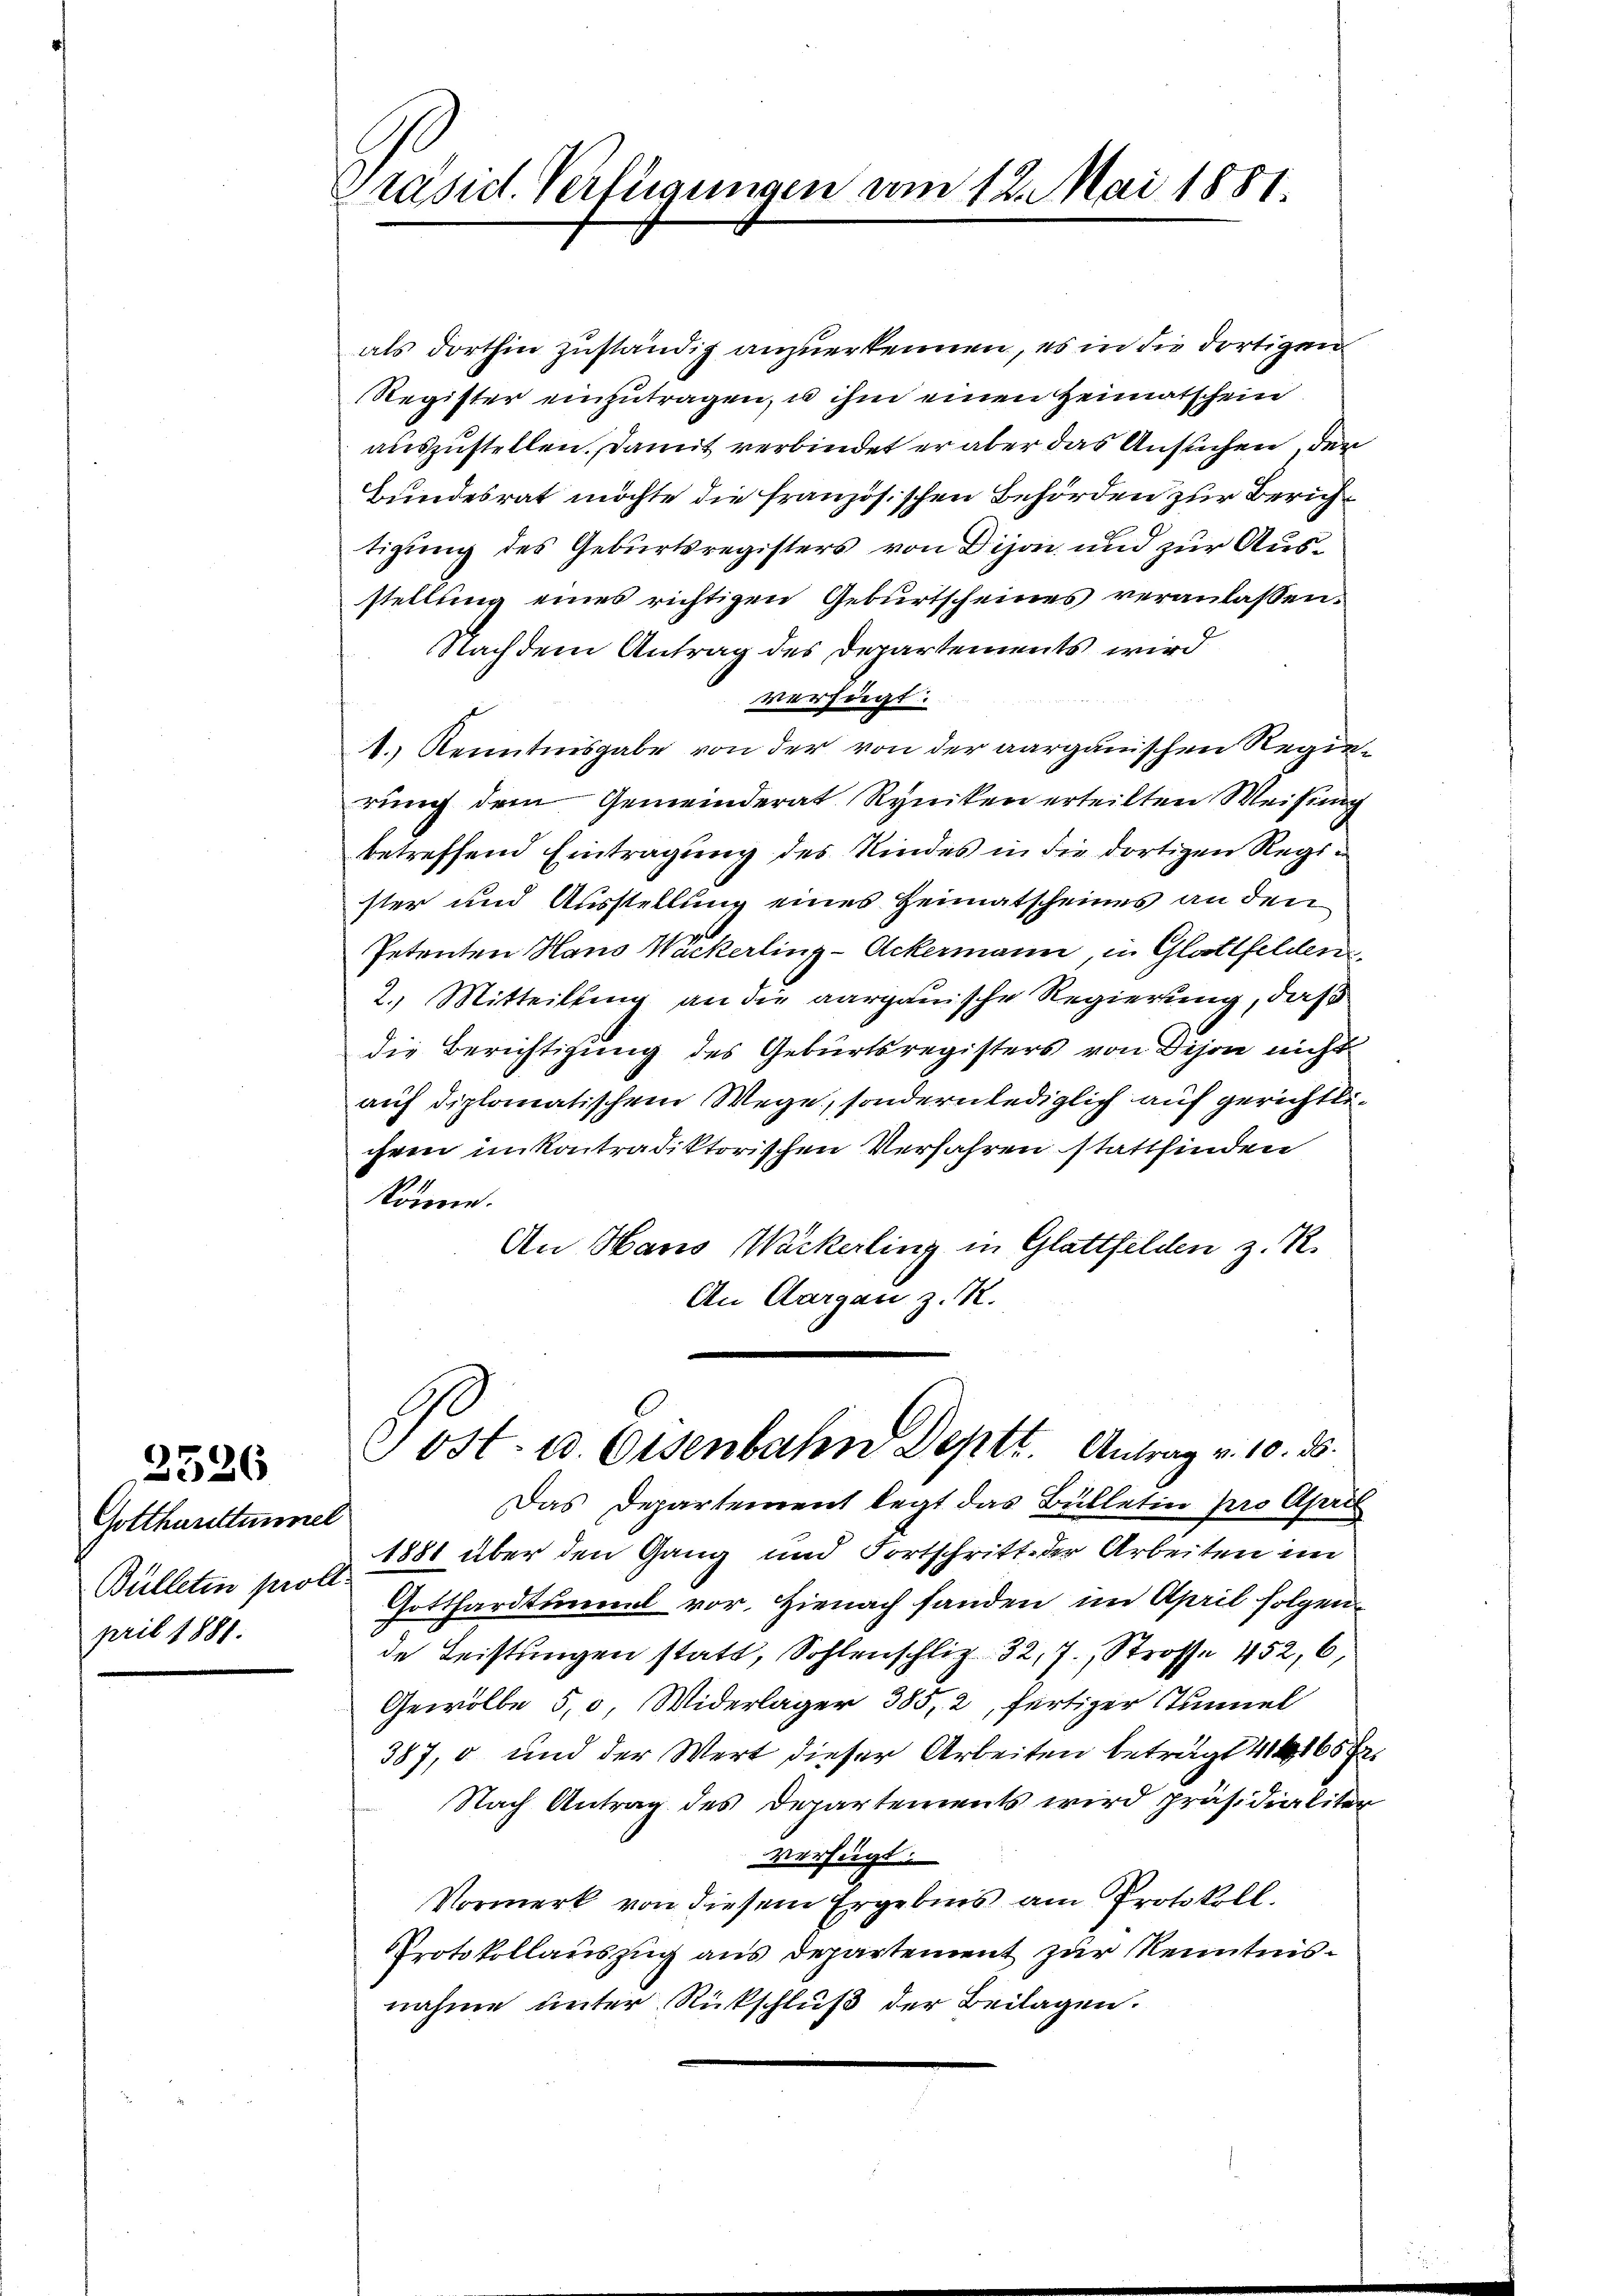
3526

Gotthaustummel
Bülleten prote
pril 1881.

Präsid. Verfügungen am 12. Mai 1881.

als dorthin zuständig anzuerkennen, es in die dortigen
Register einzutragen, u ihm einen Heimatschein
auszustellen. Damit verbindet er aber das Ansuchen, der
Bundesrat möchte die französischen Behörden zur Bericht
tigung des Geburtsregisters von Dison und zur Ausstellung eines richtigen Geburtscheines veranlassen.
Nachdem Antrag des Departements wird
verfügt:
1.) Kenntnisgabe von der von der aargauischen Regierung dem Gemeinderat Ryniken erteilten Weisung
betreffend Eintragung des Kindes in die dortigen Register und Ausstellung eines Heimatscheines an den
Petenten Haus Wackerling-Ackermann, in Glattfelden
2.) Mitteilung an die aargauische Regierung, daß
die Berichtigung des Geburtsregisters von Dison nicht
auf diplomatischem Wege, sondern lediglich auf gerichtlichem inkontradiktorischen Verfahren stattfinden
könne.
An Haus Wackerling in Glattfelden z. R.
An Aargau z. R.
Post- u. Eisenbahn Deptt. Antrag v. 10. 25.
Das Departement legt das Bülletin pro April
1881 über den Gang und Fortschritt der Arbeiten im
Gotthardtunnel vor. Hienach fanden im April folgen
de Leistungen statt, Sohlenschliz 32, 7. Strosse 452, 6,
Gewölbe 5,0., Widerlager 385, 2, fertiger Tunnel
387, o und der Wert dieser Arbeiten beträgt 411657
Nach Antrag des Departements wird präsidialiter
verfügt:
Vormerk von diesem Ergebnis am Protokoll.
Protokollauszug aus Departement zur Kenntnisnahme unter Rückschluß der Beilagen.